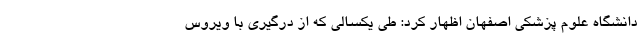
دانشگاه علوم پزشکی اصفهان اظهار کرد: طی یکسالی که از درگیری با ویروس